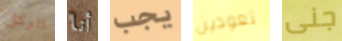
الركل أنا يجب تعودين جنى